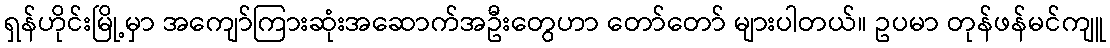
ရှန်ဟိုင်းမြို့မှာ အကျော်ကြားဆုံးအဆောက်အဦးတွေဟာ တော်တော် များပါတယ်။ ဥပမာ တုန်ဖန်မင်ကျူ